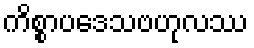
ကိစ္စာပဒေသဗဟုလဿ